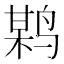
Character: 𪉏